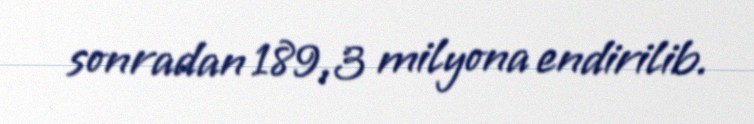
sonradan 189,3 milyona endirilib.